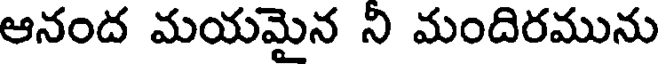
ఆనంద మయమైన ని మందిరమును